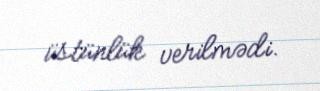
üstünlük verilmədi.